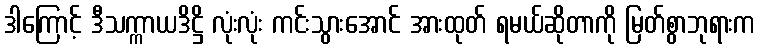
ဒါကြောင့် ဒီသက္ကာယဒိဋ္ဌိ လုံးလုံး ကင်းသွားအောင် အားထုတ် ရမယ်ဆိုတာကို မြတ်စွာဘုရားက